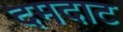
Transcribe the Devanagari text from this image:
दमदाट